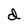
Character: d